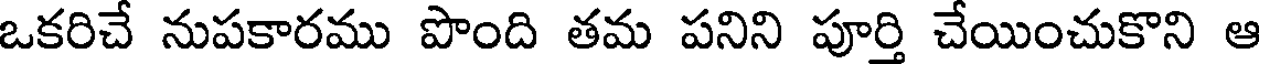
ఒకరిచే నుపకారము పొంది తమ పనిని పూర్తి చేయించుకొని ఆ